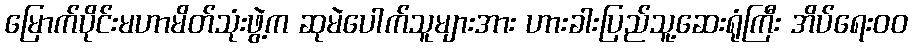
မြောက်ပိုင်းမဟာမိတ်သုံးဖွဲ့က ဆုမဲပေါက်သူများအား ဟားခါးပြည်သူ့ဆေးရုံကြီး အိပ်ရေးဝဝ